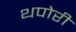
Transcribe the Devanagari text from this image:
थपोरी